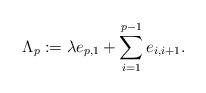
LaTeX: \begin{align*}\Lambda_p:=\lambda e_{p,1} +\sum_{i=1}^{p-1} e_{i,i+1}.\end{align*}